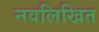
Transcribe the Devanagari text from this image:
नवलिखित